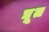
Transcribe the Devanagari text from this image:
द्यू्त